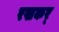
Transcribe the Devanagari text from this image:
रखकर्